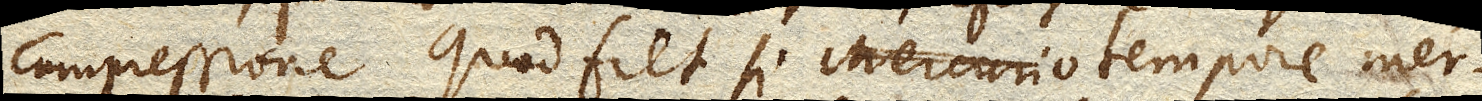
compressione quod fiet si Mercurio tempore Mer–